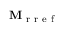
\mathbf { M } _ { \mathrm { ~ r ~ r ~ e ~ f ~ } }